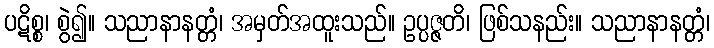
ပဋိစ္စ၊ စွဲ၍။ သညာနာနတ္တံ၊ အမှတ်အထူးသည်။ ဥပ္ပဇ္ဇတိ၊ ဖြစ်သနည်း။ သညာနာနတ္တံ၊